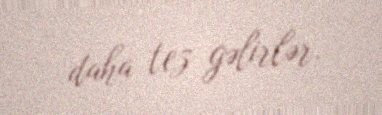
daha tez gəlirlər.